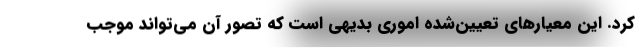
کرد. این معیار‌های تعیین‌شده اموری بدیهی است که تصور آن می‌تواند موجب